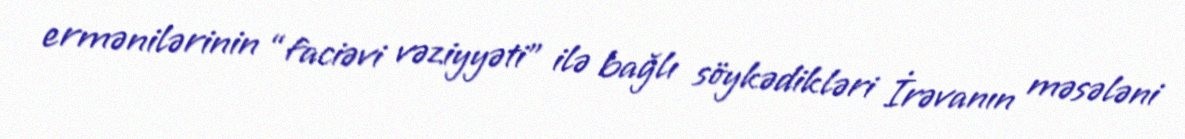
ermənilərinin “faciəvi vəziyyəti” ilə bağlı söykədikləri İrəvanın məsələni